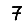
Digit: 7